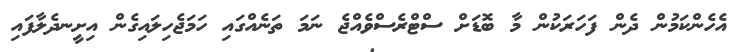
އެހެންކަމުން ދެން ފަހަރަކުން މާ ބޮޑަށް ސްޓްރެސްވެއްޖެ ނަމަ ތަނެއްގައި ހަމަޖެހިލައިގެން އިށީނދެލާފައި